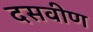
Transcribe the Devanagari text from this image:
दसवीण